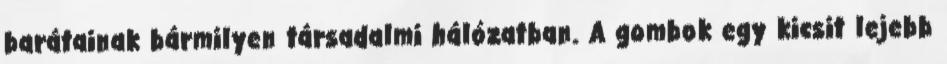
barátainak bármilyen társadalmi hálózatban. A gombok egy kicsit lejebb